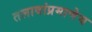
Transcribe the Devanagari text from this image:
तलावांप्रमाणेच